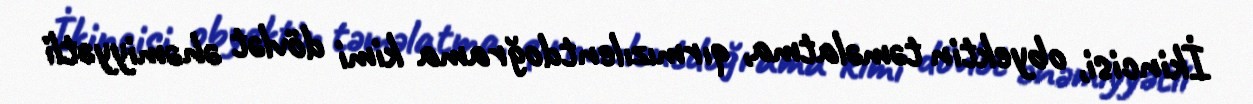
İkincisi, obyektin təməlatma, qırmızılentdoğrama kimi dövlət əhəmiyyətli